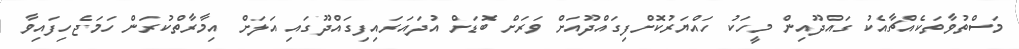
މަސްތުވާތަކެއްޗާއެކު ގައްދޫއިން މީހަކު ހައްޔަރުކޮށްފިގައްދޫއަށް ވަރަށް ބޮޑަށް އުދައަރައިފިގައްދޫގައި އަލަށް އިމާރާތްކުރަން ހަމަޖެހިފައިވާ